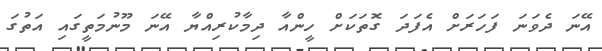
އޭނަ ދެވަނަ ފަހަރަށް އެފަދަ ގޮތަކަށް ހީންއާ ދިމާކުރިއްޔާ އޭނަ މޫނުމަތީގައި އަތުގަ